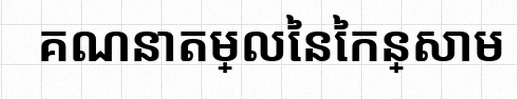
គណនាតម្លៃនៃកន្សោម